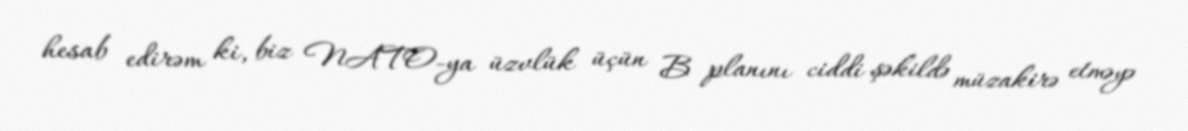
hesab edirəm ki, biz NATO-ya üzvlük üçün B planını ciddi şəkildə müzakirə etməyə